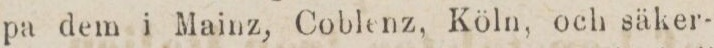
pa dem i Mainz, Coblenz, Köln, och säker-